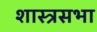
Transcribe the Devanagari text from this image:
शास्त्रसभा